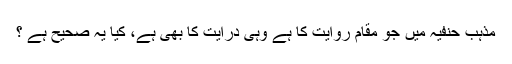
مذہب حنفیہ میں جو مقام روایت کا ہے وہی درایت کا بھی ہے، کیا یہ صحیح ہے ؟